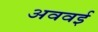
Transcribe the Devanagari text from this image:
अववई